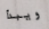
ويبدأ